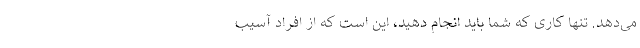
می‌دهد. تنها کاری که شما باید انجام دهید، این است که از افراد آسیب